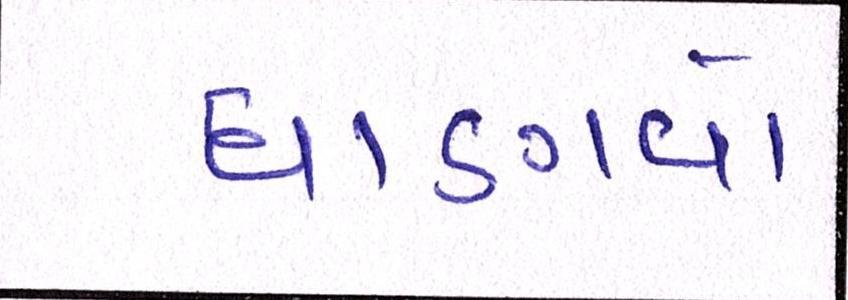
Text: ઘાણવો